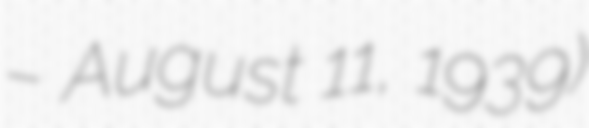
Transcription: – August 11, 1939)